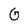
Character: G